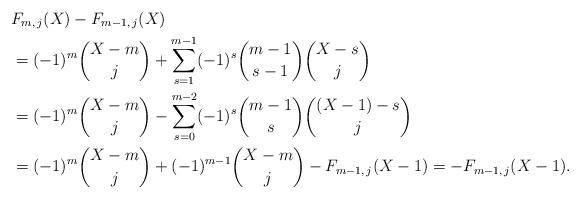
LaTeX: \begin{align*}& F_{m,\,j}(X) - F_{m-1,\,j}(X) \\& = (-1)^m\binom{X-m}{j} + \sum_{s=1}^{m-1}(-1)^s\binom{m-1}{s-1}\binom{X-s}{j} \\& = (-1)^m\binom{X-m}{j} - \sum_{s=0}^{m-2} (-1)^s\binom{m-1}{s}\binom{(X-1)-s}{j} \\& = (-1)^m\binom{X-m}{j} + (-1)^{m-1}\binom{X-m}{j} - F_{m-1,\,j}(X-1) = -F_{m-1,\,j}(X-1).\end{align*}